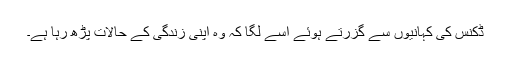
ڈکنس کی کہانیوں سے گزرتے ہوئے اسے لگا کہ وہ اپنی زندگی کے حالات پڑھ رہا ہے۔